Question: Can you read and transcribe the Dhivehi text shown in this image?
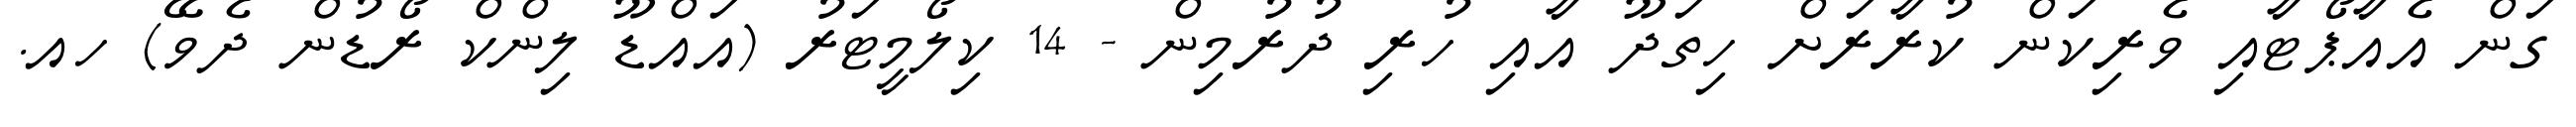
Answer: ގަން އެއާޕޯޓާއި ވެރިކަން ކުރާރަށް ހިތަދޫ އާއި ހުރި ދުރުމިން - 14 ކިލޯމީޓަރު (އައްޑޫ ލިންކް ރޯޑުން ދެވޭ) ހއ.